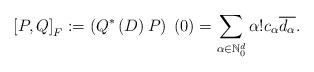
LaTeX: \begin{align*}\left[ P,Q\right] _{F}:=\left( Q^*\left( D\right) P\right)\;(0)=\sum_{\alpha \in \mathbb{N}_{0}^{d}}\alpha !c_{\alpha }\overline{d_{\alpha }}. \end{align*}